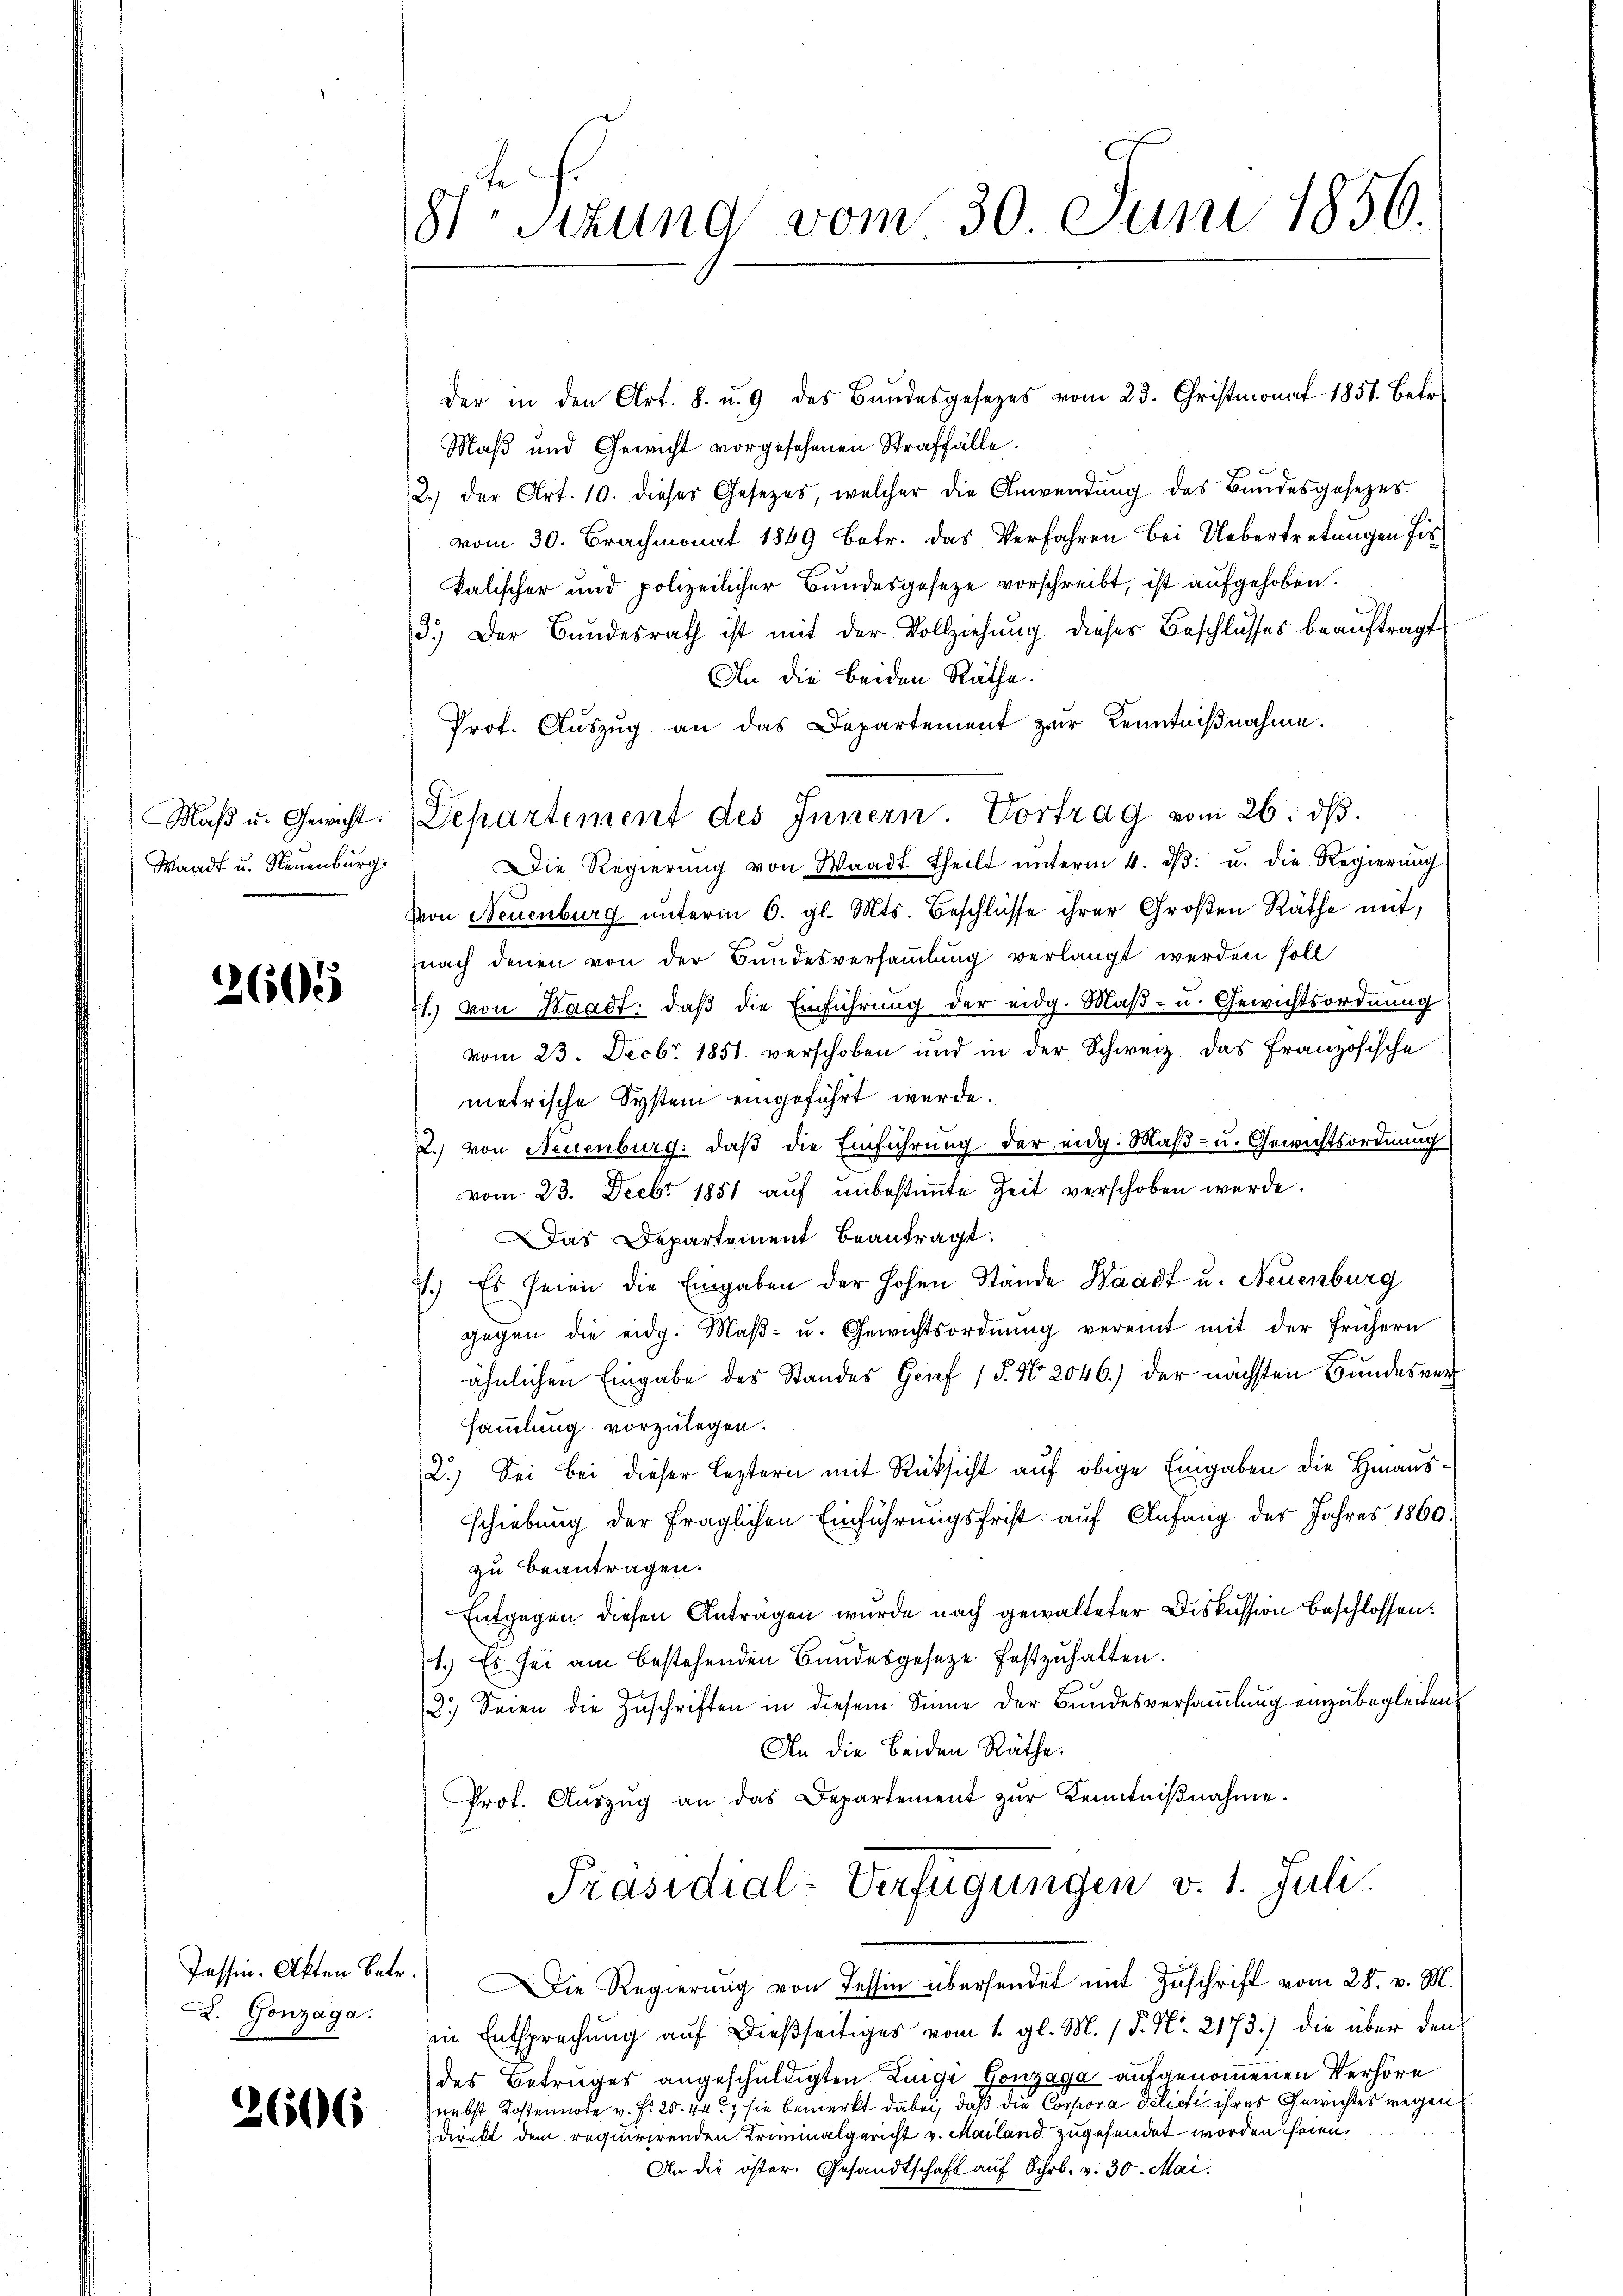
Maß u. Gewicht.
Waadt u. Neuenburg.

2605

L. Gonzaga.

2606

8te Seizung vom 30. Juni 1856.

der in den Art. 8. u. 9 des Bŭndesgesetzes vom 23. Christmonat 1851. Betr.
Maß und Gewicht vorgesehenen Straffälle.
2.) der Art. 10. dieses Gesetzes, welcher die Anwendŭng des Bundesgesezes
vom 30. Brachmonat 1849 betr. das Verfahren bei Uebertretŭngen fis
kalischer und polizeilicher Bundesgesetze vorschreibt, ist aufgehoben.
3.) Der Bundesrath ist mit der Vollziehung dieses Beschlusses beauftragt
An die beiden Räthe.
Prof. Aŭszŭg an das Departement zŭr Kenntniβnahme.
Die Regierŭng von Waadt theilt ŭnterm 4. dβ. u. die Regierŭng
von Neuenburg unterm 6. gl. Mts. Beschlüsse ihrer Großen Räthe mit,
nach denen von der Bundesversammlung verlangt werden soll
21. von Waadt: daß die Einführung der eidg. Maß- u. Gewichtsordnung
vom 23. Decbr. 1851 verschoben und in der Schweiz das Französische
metrische System eingeführt werde.
2.) von Neuenburg: daß die Einführung der eidg. Maß- u. Gewichtsordnung
vom 23. Decbr 1851 auf unbestimmte Zeit verschoben werde.
Das Departement beantragt:
7.) Es seien die Eingaben der hohen Stände Waadt u. Neuenburg
gegen die eidg. Maβ- u. Gewichtsordnŭng vereint mit der frühern
ähnlichen Eingabe des Standes Genf 15. No. 2046.) der nächsten Bundesversammlung vorzulegen.
2.) Sei bei dieser leztern mit Rücksicht auf obige Eingaben die Hinausschiebung der fraglichen Einführungsfrist auf Anfang des Jahres 1860
zu beantragen.
Entgegen diesen Anträgen wurde nach gewalteter Diskussion beschlossen:
1.) Es sei am bestehenden Bundesgesetze festzuhalten.
3.) Seien die Zuschriften in diesem Sinne der Bundesversammlung einzubegleiten,
An die beiden Räthe.
Prot. Aŭszŭg an das Departement zŭr Kenntniβnahme.
Präsidial-Verfügungen v. 1. Juli.
Tessin. Akten Betr.) Die Regierŭng von Tessin übersendet mit Zuschrift vom 28. v. M.
in Entsprechung auf dießseitiges vom 1. gl. M. / 5. No. 2173.) die über den
des Betruges angeschuldigten Zugi Gonzaga aufgenommenen Verhöre
nebst Kostennote v. Fr. 25. 44, sie bemerkt dabei, daß die Corpora delich ihres Gewichtes wegen
direkt dem requirirenden Triminalgericht v. Mailand zugesendet worden seien.
An die öster. Gesandtschaft auf Schr. v. 30. Mai.

Departement des Innern. Vortrag vom 26. dβ.